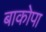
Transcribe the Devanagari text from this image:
बाकोपा